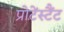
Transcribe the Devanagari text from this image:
प्रोटेंस्टैंट